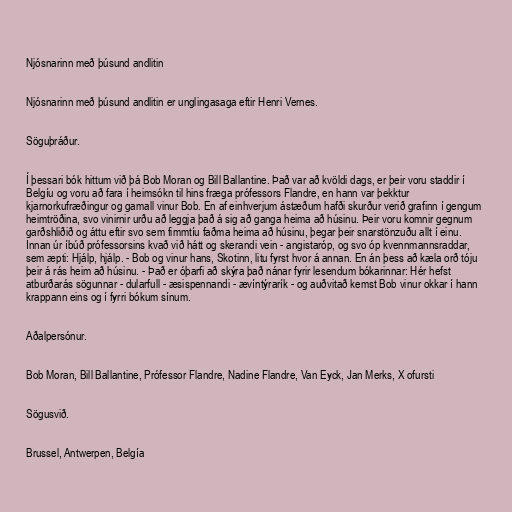
Njósnarinn með þúsund andlitin

Njósnarinn með þúsund andlitin er unglingasaga eftir Henri Vernes.

Söguþráður.

Í þessari bók hittum við þá Bob Moran og Bill Ballantine. Það var að kvöldi dags, er þeir voru staddir í
Belgíu og voru að fara í heimsókn til hins fræga prófessors Flandre, en hann var þekktur
kjarnorkufræðingur og gamall vinur Bob. En af einhverjum ástæðum hafði skurður verið grafinn í gengum
heimtröðina, svo vinirnir urðu að leggja það á sig að ganga heima að húsinu. Þeir voru komnir gegnum
garðshliðið og áttu eftir svo sem fimmtíu faðma heima að húsinu, þegar þeir snarstönzuðu allt í einu.
Innan úr íbúð prófessorsins kvað við hátt og skerandi vein - angistaróp, og svo óp kvennmannsraddar,
sem æpti: Hjálp, hjálp. - Bob og vinur hans, Skotinn, litu fyrst hvor á annan. En án þess að kæla orð tóju
þeir á rás heim að húsinu. - Það er óþarfi að skýra það nánar fyrir lesendum bókarinnar: Hér hefst
atburðarás sögunnar - dularfull - æsispennandi - ævíntýrarík - og auðvitað kemst Bob vinur okkar í hann
krappann eins og í fyrri bókum sínum.

Aðalpersónur.

Bob Moran, Bill Ballantine, Prófessor Flandre, Nadine Flandre, Van Eyck, Jan Merks, X ofursti

Sögusvið.

Brussel, Antwerpen, Belgía